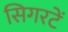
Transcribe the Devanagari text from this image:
सिगरटें